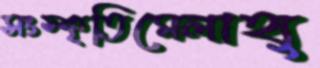
সংস্কৃতিমেলাহ্য